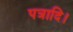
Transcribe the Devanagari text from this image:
पत्रादि।